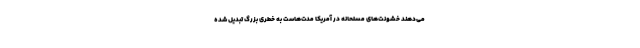
می‌دهند خشونت‌های مسلحانه در آمریکا مدت‌هاست به خطری بزرگ تبدیل شده